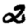
Digit: 2